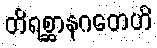
တိရစ္ဆာနဂတေဟိ